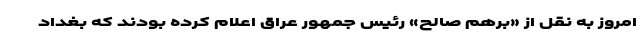
امروز به نقل از «برهم صالح» رئیس جمهور عراق اعلام کرده بودند که بغداد